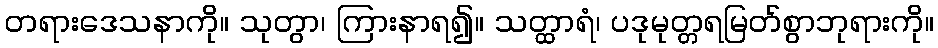
တရားဒေသနာကို။ သုတွာ၊ ကြားနာရ၍။ သတ္ထာရံ၊ ပဒုမုတ္တရမြတ်စွာဘုရားကို။